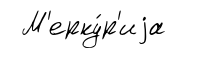
М'ерку́р'иjа